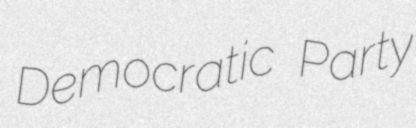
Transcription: Democratic Party